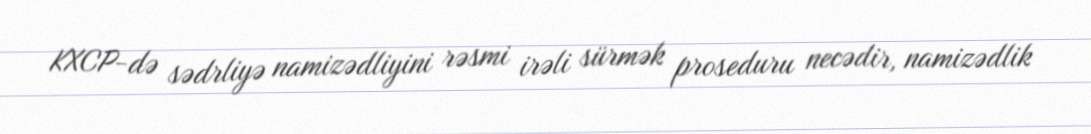
KXCP-də sədrliyə namizədliyini rəsmi irəli sürmək proseduru necədir, namizədlik